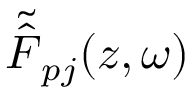
\tilde { \hat { { \cal F } } } _ { p j } ( z , \omega )